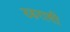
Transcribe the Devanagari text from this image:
ठहरायी